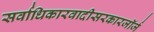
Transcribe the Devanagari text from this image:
सर्वाधिकारवादीसरकारजॉर्ज